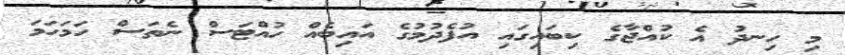
މި ހިނދު އެ ކުއްޖާގެ ކިބައިގައި އުފެދުމުގެ އައިބެއް ހުއްޓަސް ނެތަސް ހަމަހަމަ